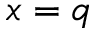
x = q